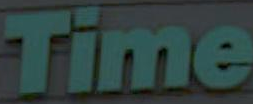
Time